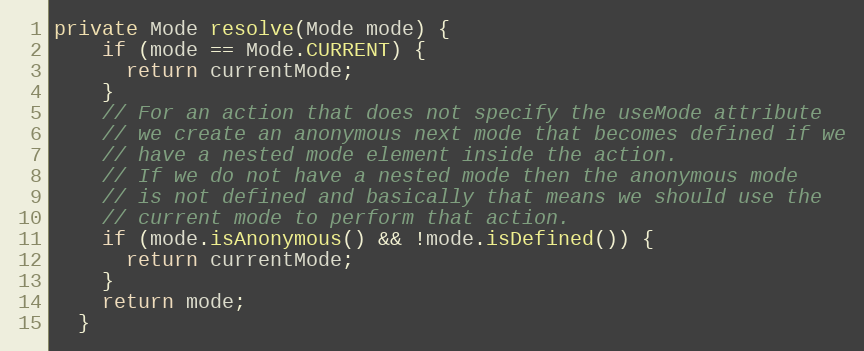
Language: Java
private Mode resolve(Mode mode) {
    if (mode == Mode.CURRENT) {
      return currentMode;
    }
    // For an action that does not specify the useMode attribute
    // we create an anonymous next mode that becomes defined if we
    // have a nested mode element inside the action.
    // If we do not have a nested mode then the anonymous mode
    // is not defined and basically that means we should use the
    // current mode to perform that action.
    if (mode.isAnonymous() && !mode.isDefined()) {
      return currentMode;
    }
    return mode;
  }